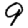
Digit: 9